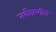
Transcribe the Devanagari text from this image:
तर्कप्रणीत